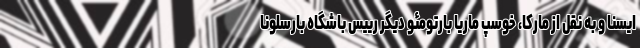
ایسنا و به نقل از مارکا، خوسپ ماریا بارتومئو دیگر رییس باشگاه بارسلونا